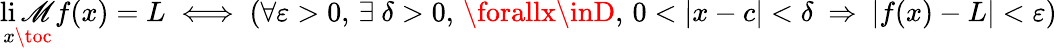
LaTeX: \operatorname*{li\mathscr{M}}_{x\toc}f(x)=L\iff(\forall\varepsilon>0,\, \exists\ \delta>0,\, \forallx\inD,\, 0<|x-c|<\delta\ \Rightarrow\ |f(x)-L|<\varepsilon)